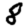
Digit: 8